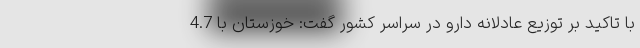
با تاکید بر توزیع عادلانه دارو در سراسر کشور گفت: خوزستان با 4.7